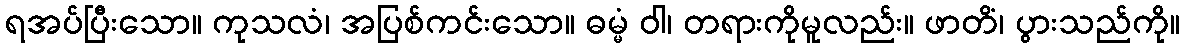
ရအပ်ပြီးသော။ ကုသလံ၊ အပြစ်ကင်းသော။ ဓမ္မံ ဝါ၊ တရားကိုမူလည်း။ ဖာတိံ၊ ပွားသည်ကို။